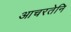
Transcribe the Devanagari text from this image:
आचरतेनि